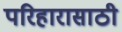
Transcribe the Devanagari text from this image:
परिहारासाठी